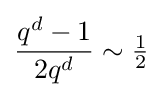
{\frac {q^{d}-1}{2q^{d}}}\sim {\tfrac {1}{2}}